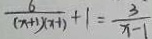
\frac { 6 } { ( x + 1 ) ( x - 1 ) } + 1 = \frac { 3 } { x - 1 }